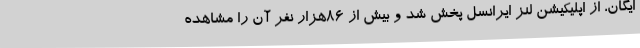
ایگان، از اپلیکیشن لنز ایرانسل پخش شد و بیش از ۸۶هزار نفر آن را مشاهده